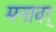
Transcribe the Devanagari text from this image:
मनावर्